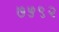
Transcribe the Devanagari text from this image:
७५९२